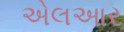
એલઆર